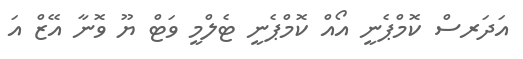
އަދަރސް ކޮމްޕެނީ އޯއް ކޮމްޕެނީ ޓެލްމީ ވަޓް ޔޫ ވޮނާ އޭޒް އަ